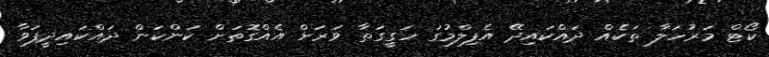
ކޯޓް މަރުހަލާ ތަކެއް ދައްކައިދޭ އެފިލްމުގަ ހަގީގަތާ ވަރަށް އެއްގޮތަށް ކަންކަން ދައްކައިދީފަވާ